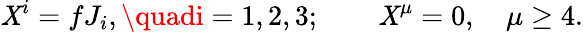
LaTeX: \mathit{X}^{i}=fJ_{i},\quadi=1,2,3;\quad\quad\mathit{X}^{\mu}=0,\quad\mu\geq4.